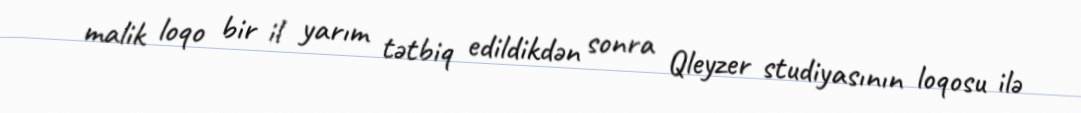
malik loqo bir il yarım tətbiq edildikdən sonra Qleyzer studiyasının loqosu ilə